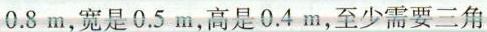
0.8m，宽是0.5m，高是0.4m，至少需要三角